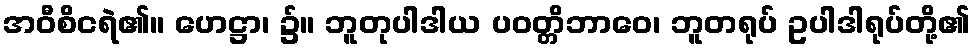
အဝီစိငရဲ၏။ ဟေဋ္ဌာ၊ ၌။ ဘူတုပါဒါယ ပဝတ္တိဘာဝေ၊ ဘူတရုပ် ဥပါဒါရုပ်တို့၏